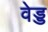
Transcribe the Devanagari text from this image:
वेड्ड